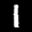
Label: 1